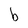
Character: b